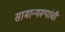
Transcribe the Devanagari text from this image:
सामान्यरूपांची